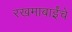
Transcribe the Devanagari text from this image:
रखमाबाईंचे